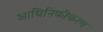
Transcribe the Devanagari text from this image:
आधिनिकीकरण